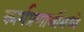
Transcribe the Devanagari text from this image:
कार्यप्रणालींमध्ये